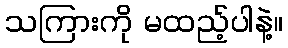
သကြားကို မထည့်ပါနဲ့။